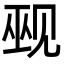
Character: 觋